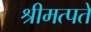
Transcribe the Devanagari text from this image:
श्रीमत्पते